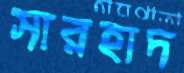
সারহাদ